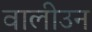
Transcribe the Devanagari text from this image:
वालीउन